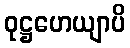
ဝုဋ္ဌဟေယျာပိ